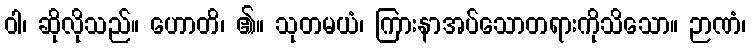
ဝါ၊ ဆိုလိုသည်။ ဟောတိ၊ ၏။ သုတမယံ၊ ကြားနာအပ်သောတရားကိုသိသော။ ဉာဏံ၊